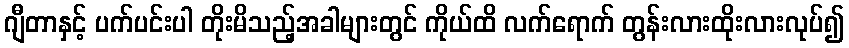
ဂျီတာနှင့် ပက်ပင်းပါ တိုးမိသည့်အခါများတွင် ကိုယ်ထိ လက်ရောက် တွန်းလားထိုးလားလုပ်၍